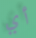
أي